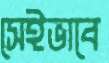
সেইভাবে